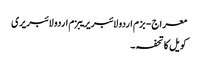
معراج - بزم اردو لائبریریبزم اردو لائبریری
کویل کا تحفہ ۔